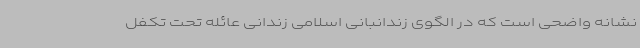
نشانه واضحی است که در الگوی زندانبانی اسلامی زندانی عائله تحت تکفل